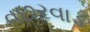
વછરવાડ